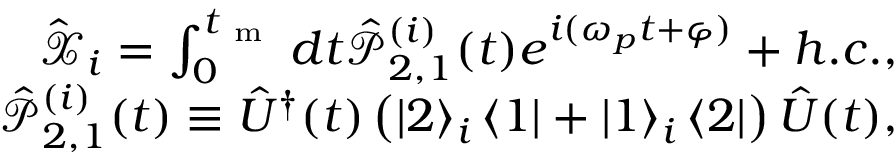
\begin{array} { r } { \hat { \mathcal X } _ { i } = \int _ { 0 } ^ { t _ { \mathrm { ~ m ~ } } } d t \hat { \mathcal P } _ { 2 , 1 } ^ { ( i ) } ( t ) e ^ { i ( \omega _ { p } t + \varphi ) } + h . c . , } \\ { \hat { \mathcal P } _ { 2 , 1 } ^ { ( i ) } ( t ) \equiv \hat { U } ^ { \dagger } ( t ) \left( \left| 2 \right> _ { i } \left< 1 \right| + \left| 1 \right> _ { i } \left< 2 \right| \right) \hat { U } ( t ) , } \end{array}